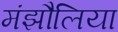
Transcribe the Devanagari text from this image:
मंझौलिया